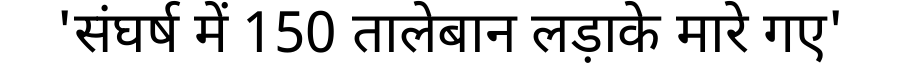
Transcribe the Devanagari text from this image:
'संघर्ष में 150 तालेबान लड़ाके मारे गए'